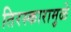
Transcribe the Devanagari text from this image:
तिरस्कारामुळे